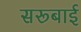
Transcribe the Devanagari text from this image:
सरूबाई